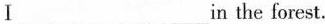
Ⅰ___ ___in the forest.